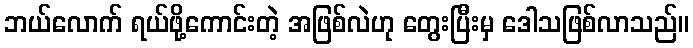
ဘယ်လောက် ရယ်ဖို့ကောင်းတဲ့ အဖြစ်လဲဟု တွေးပြီးမှ ဒေါသဖြစ်လာသည်။